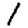
Digit: 1